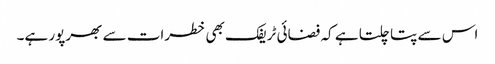
اس سے پتا چلتا ہے کہ فضائی ٹریفک بھی خطرات سے بھرپور ہے۔